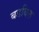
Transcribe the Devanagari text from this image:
बडबिल